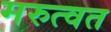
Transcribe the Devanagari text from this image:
मरुत्वत